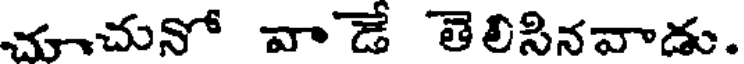
చూచునో వాడే తెలిసినవాడు.